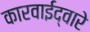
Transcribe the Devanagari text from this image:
कारवाईद्वारे